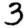
Digit: 3